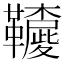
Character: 𩍳